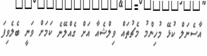
އާސެނަލް ކުޅޭ މުހިންމު މެޗުތައް ވިލްޝެއާ އަށް ގެއްލޭނެ ކަމަށް ވަނީ ބެލެވިފަ